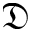
\mathfrak { D }